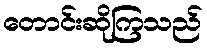
တောင်းဆိုကြသည်